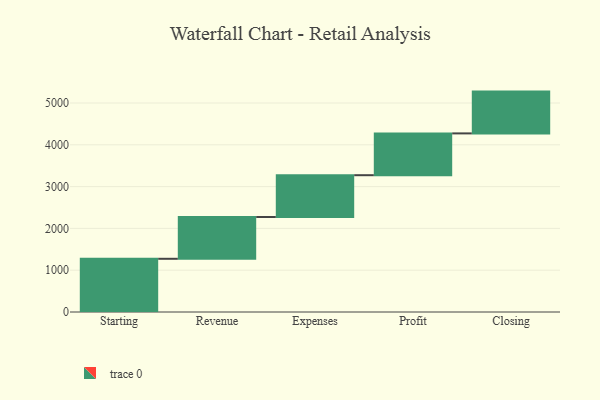
{"axis": {"x": "Step", "y": "Value"}, "legend": [""], "data": [{"x": "Starting", "y": 1273.0, "type": ""}, {"x": "Revenue", "y": 1000, "type": ""}, {"x": "Expenses", "y": 1000, "type": ""}, {"x": "Profit", "y": 1000, "type": ""}, {"x": "Closing", "y": 1000, "type": ""}]}